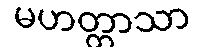
မဟတ္တာသာ